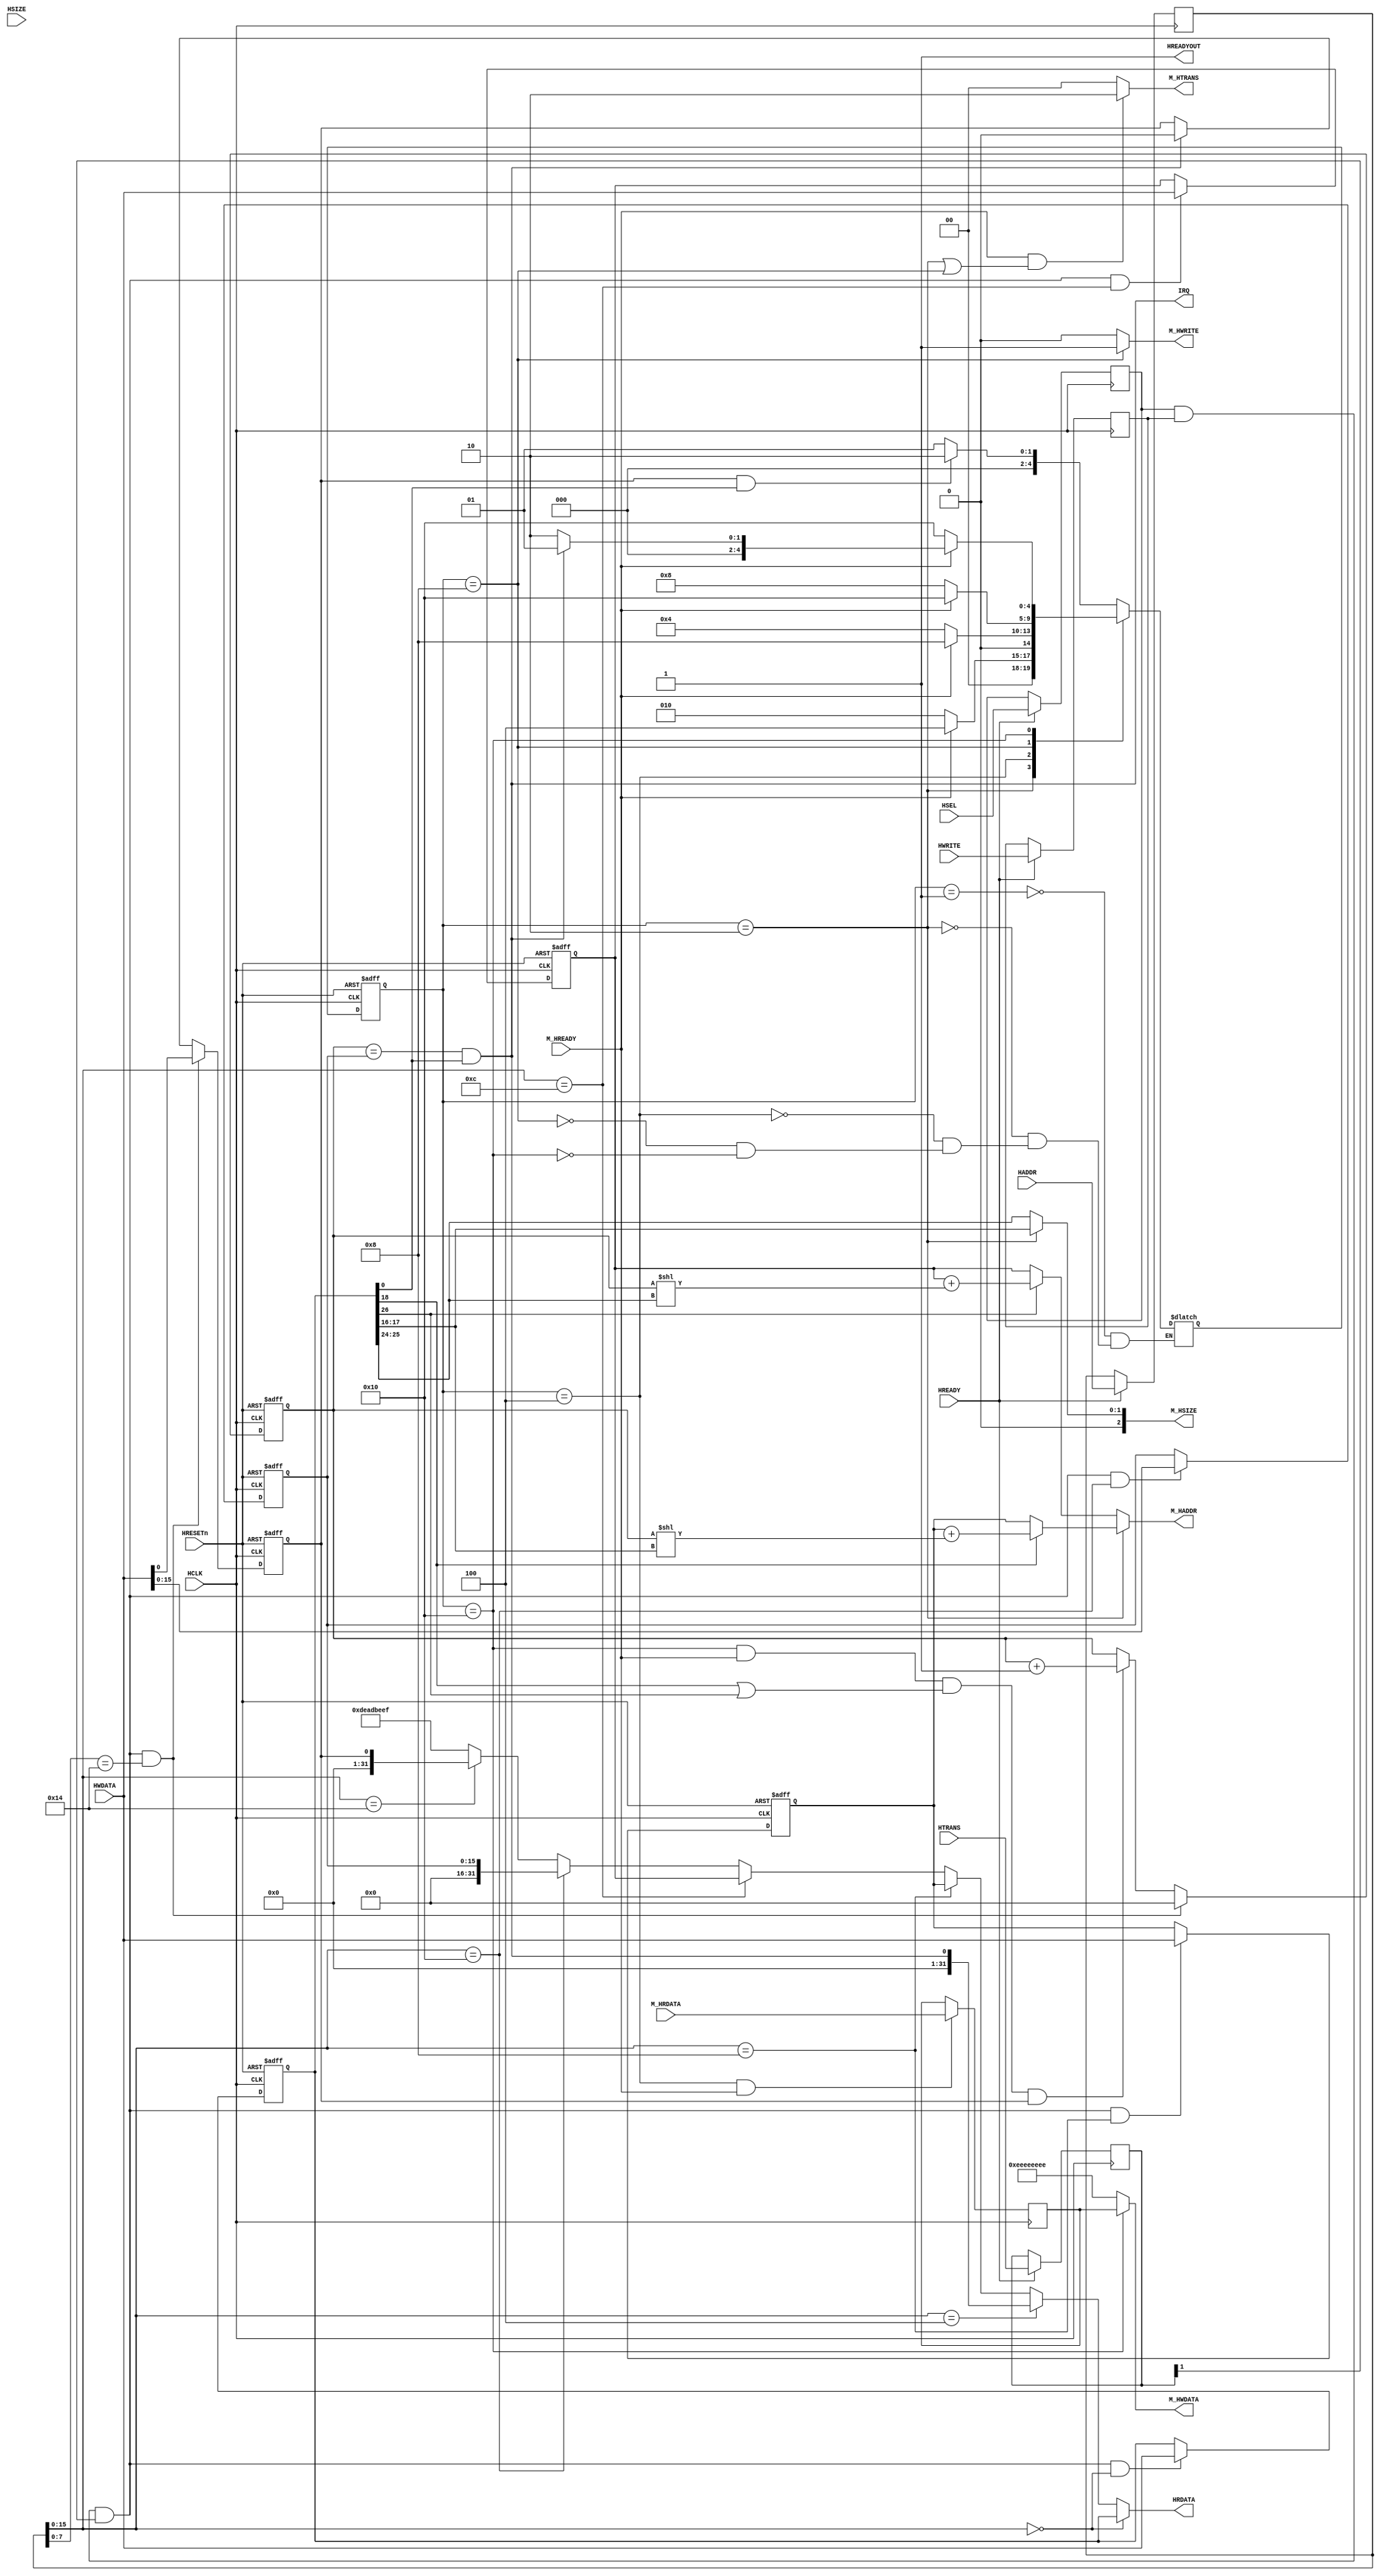
/*
	Copyright 2020 Mohamed Shalan
	
	Licensed under the Apache License, Version 2.0 (the "License"); 
	you may not use this file except in compliance with the License. 
	You may obtain a copy of the License at:

	http://www.apache.org/licenses/LICENSE-2.0

	Unless required by applicable law or agreed to in writing, software 
	distributed under the License is distributed on an "AS IS" BASIS, 
	WITHOUT WARRANTIES OR CONDITIONS OF ANY KIND, either express or implied. 
	See the License for the specific language governing permissions and 
	limitations under the License.
*/

`timescale          1ns/1ps
`default_nettype    none

/*
	Copyright 2020 Mohamed Shalan

	Licensed under the Apache License, Version 2.0 (the "License");
	you may not use this file except in compliance with the License.
	You may obtain a copy of the License at:

	http://www.apache.org/licenses/LICENSE-2.0

	Unless required by applicable law or agreed to in writing, software
	distributed under the License is distributed on an "AS IS" BASIS,
	WITHOUT WARRANTIES OR CONDITIONS OF ANY KIND, either express or implied.
	See the License for the specific language governing permissions and
	limitations under the License.
*/

/*
    DMA Controller
    00: CTRL Register 
        0: EN
        1-4: Transfer tigger; only 0000 (S/W) is supported
        8-9: Source data type; 0: byte, 1: half word, 2: word
        10: Source Address Auto increment
        16-17: Destination data type; 0: byte, 1: half word, 2: word
        18: Destination Address Auto increment
    04: Status Register
        0: Done
    08: SADDR Register
    0C: DADDR Register
    10: Size Register
    14: SW Trigger
*/

module MS_DMAC_AHBL (
    input   wire    HCLK,
    input   wire    HRESETn,
    
    output  wire    IRQ,

    // AHB-Lite Slave Interface
    
    input wire          HSEL,
    input wire [31:0]   HADDR,
    input wire [1:0]    HTRANS,
    input wire          HWRITE,
    input wire          HREADY,
    input wire [31:0]   HWDATA,
    input wire [2:0]    HSIZE,
    output wire         HREADYOUT,
    output wire [31:0]  HRDATA,

    // AHB-Lite Master Interface
    
    output wire [31:0]  M_HADDR,
    output wire [1:0]   M_HTRANS,
    output wire [2:0] 	M_HSIZE,
    output wire         M_HWRITE,
    output wire [31:0]  M_HWDATA,
    input wire          M_HREADY,
    input wire [31:0]   M_HRDATA
);

    localparam  CTRL_REG_OFF    =   8'h00, 
                STATUS_REG_OFF  =   8'h04, 
                SADDR_REG_OFF   =   8'h08,
                DADDR_REG_OFF   =   8'h0C,
                SIZE_REG_OFF    =   8'h10,
                TRIG_REG_OFF    =   8'h14;

    wire [31:0] STATUS_REG;
    wire done;

    assign      STATUS_REG  = {31'h0,done};
    assign      IRQ         = done;

    //
    // AHB Slave Logic
    //

    
    reg             last_HSEL;
    reg [31:0]      last_HADDR;
    reg             last_HWRITE;
    reg [1:0]       last_HTRANS;

    always@ (posedge HCLK) begin
        if(HREADY) begin
            last_HSEL       <= HSEL;
            last_HADDR      <= HADDR;
            last_HWRITE     <= HWRITE;
            last_HTRANS     <= HTRANS;
        end
    end

    wire rd_enable = last_HSEL & (~last_HWRITE) & last_HTRANS[1];
    wire wr_enable = last_HSEL & (last_HWRITE) & last_HTRANS[1];

    
        reg [32-1:0] CTRL_REG;
        wire CTRL_REG_sel = wr_enable & (last_HADDR[15:0] == CTRL_REG_OFF);
        always @(posedge HCLK or negedge HRESETn)
            if (~HRESETn)
                CTRL_REG <= 'h0;
            else if (CTRL_REG_sel)
                CTRL_REG <= HWDATA[32-1:0];
   
    
        reg [32-1:0] SADDR_REG;
        wire SADDR_REG_sel = wr_enable & (last_HADDR[15:0] == SADDR_REG_OFF);
        always @(posedge HCLK or negedge HRESETn)
            if (~HRESETn)
                SADDR_REG <= 'h0;
            else if (SADDR_REG_sel)
                SADDR_REG <= HWDATA[32-1:0];

    
        reg [32-1:0] DADDR_REG;
        wire DADDR_REG_sel = wr_enable & (last_HADDR[15:0] == DADDR_REG_OFF);
        always @(posedge HCLK or negedge HRESETn)
            if (~HRESETn)
                DADDR_REG <= 'h0;
            else if (DADDR_REG_sel)
                DADDR_REG <= HWDATA[32-1:0];

    
        reg [16-1:0] SIZE_REG;
        wire SIZE_REG_sel = wr_enable & (last_HADDR[15:0] == SIZE_REG_OFF);
        always @(posedge HCLK or negedge HRESETn)
            if (~HRESETn)
                SIZE_REG <= 'h0;
            else if (SIZE_REG_sel)
                SIZE_REG <= HWDATA[16-1:0];

     
    reg             TRIG_REG;
    wire TRIG_REG_sel = wr_enable & (last_HADDR[7:0] == TRIG_REG_OFF);
    always @(posedge HCLK or negedge HRESETn)
    begin
        if (~HRESETn)
            TRIG_REG <= 1'h0;
        else if (TRIG_REG_sel)
            TRIG_REG <= HWDATA[0];
        else if(done)
            TRIG_REG <= 1'h0;
    end  

    // CTRL Register Fields
    
    wire [0-0:0] CTRL_REG_EN = CTRL_REG[0:0];
    
    wire [11-8:0] CTRL_REG_TRIGGER = CTRL_REG[11:8];
    
    wire [17-16:0] CTRL_REG_SRC_TYPE = CTRL_REG[17:16];
    
    wire [18-18:0] CTRL_REG_SRC_AI = CTRL_REG[18:18];
    
    wire [25-24:0] CTRL_REG_DEST_TYPE = CTRL_REG[25:24];
    
    wire [26-26:0] CTRL_REG_DEST_AI = CTRL_REG[26:26];

    assign HRDATA =
        (last_HADDR[15:0] == CTRL_REG_OFF) ? CTRL_REG :
        (last_HADDR[15:0] == STATUS_REG_OFF) ? STATUS_REG :
        (last_HADDR[15:0] == SADDR_REG_OFF) ? SADDR_REG :
        (last_HADDR[15:0] == DADDR_REG_OFF) ? DADDR_REG :
        (last_HADDR[15:0] == SIZE_REG_OFF) ? SIZE_REG :
        (last_HADDR[15:0] == TRIG_REG_OFF) ? TRIG_REG :
        32'hDEADBEEF; 

    //
    // AHB MAster Logic
    //

    // The DMAC FSM
    localparam  IDLE_STATE  =   5'b00001,
                RA_STATE    =   5'b00010, 
                RD_STATE    =   5'b00100,
                WA_STATE    =   5'b01000,
                WD_STATE    =   5'b10000;

    reg [4:0] state, nstate;

    always @(posedge HCLK or negedge HRESETn)
        if(!HRESETn) state <= IDLE_STATE;
        else state <= nstate;

    always @*
        case(state)
            IDLE_STATE: if(TRIG_REG & CTRL_REG_EN) 
                            nstate = RA_STATE; 
                        else 
                            nstate = IDLE_STATE;
            RA_STATE:   if(M_HREADY) nstate = RD_STATE; else nstate = RA_STATE;
            RD_STATE:   if(M_HREADY) nstate = WA_STATE; else nstate = RD_STATE;
            WA_STATE:   if(M_HREADY) nstate = WD_STATE; else nstate = WA_STATE;
            WD_STATE:   if(M_HREADY) begin
                            if(done)
                                nstate = IDLE_STATE;
                            else  
                                nstate = RA_STATE; 
                        end else nstate = WD_STATE;
        endcase 

    // The Address Sequence Generator
    reg  [15:0] CNTR;
    wire [17:0] R_CNTR_TYPE = CNTR << CTRL_REG_SRC_TYPE;
    wire [17:0] W_CNTR_TYPE = CNTR << CTRL_REG_DEST_TYPE;
    wire [31:0] R_ADDR = (CTRL_REG_SRC_AI) ? (SADDR_REG + R_CNTR_TYPE) : SADDR_REG;
    wire [31:0] W_ADDR = CTRL_REG_DEST_AI ? (DADDR_REG + W_CNTR_TYPE) : DADDR_REG;

    always @(posedge HCLK or negedge HRESETn)
        if(!HRESETn) CNTR <= 16'h0;
        else if (TRIG_REG_sel) CNTR <= 16'h0;
        else if((state==WD_STATE) & M_HREADY & (CTRL_REG_SRC_AI | CTRL_REG_DEST_AI) & TRIG_REG) CNTR <= CNTR + 16'h1;

    

    assign done = (CNTR == SIZE_REG) & CTRL_REG_EN;

    assign HREADYOUT = 1'b1;

    // MASTER Port
    reg [31:0] rdata;

    always @(posedge HCLK)
        if((state == RD_STATE) & M_HREADY)
            rdata <= M_HRDATA;

    assign M_HADDR = (state == RA_STATE) ? R_ADDR : W_ADDR;
    assign M_HTRANS =  M_HREADY & ((state == RA_STATE) || (state == WA_STATE)) ? 2'h2 : 2'h0;
    assign M_HWDATA = (state == WD_STATE)  ? rdata : 32'hEEEEEEEE;
    assign M_HWRITE = (state == WA_STATE)  ? 1'b1 : 1'b0; 
    assign M_HSIZE = (state == RA_STATE) ? CTRL_REG_SRC_TYPE : CTRL_REG_DEST_TYPE;

endmodule